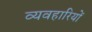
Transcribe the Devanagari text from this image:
व्यवहारियों